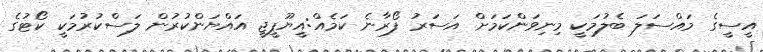
އީސީގެ މައްސަލަ ބެލުމަކީ މިނިވަންކަމަށް އަސަރު ފޯރާނެ ކަމެއް:އީޔޫޕީޖީ އައްޔަންކުރުން ލަސްކުރުމަކީ ކޯޓުގެ